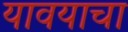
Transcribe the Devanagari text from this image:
यावयाचा